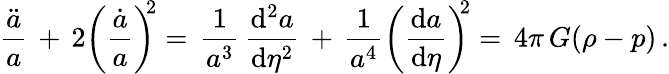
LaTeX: \frac{\ddot{a}}{a}\, +\, 2\left(\frac{\dot{a}}{a}\right)^{\! \! 2}=\, \frac{1}{a^{3}}\, \frac{\mathrm{d}^{2}a}{\mathrm{d}\eta^{2}}\, +\, \frac{1}{a^{4}}\left(\frac{\mathrm{d}a}{\mathrm{d}\eta}\right)^{\! \! 2}=\, 4\pi\, G(\rho-p)\, .